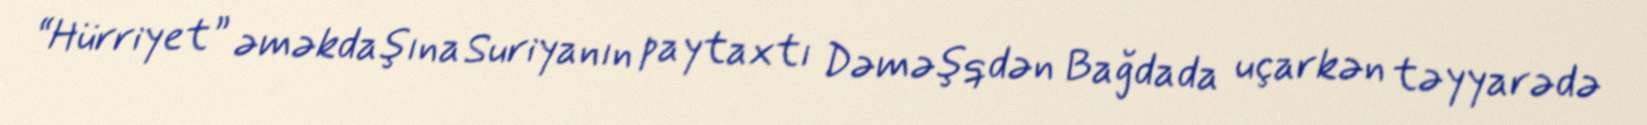
“Hürriyet” əməkdaşına Suriyanın paytaxtı Dəməşqdən Bağdada uçarkən təyyarədə